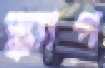
স্ক্যাপ